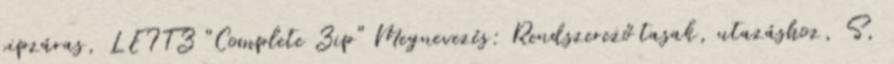
cipzáras, LEITZ "Complete Zip" Megnevezés: Rendszerező tasak, utazáshoz, S,